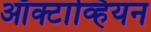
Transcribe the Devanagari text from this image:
ऑक्टाव्हियन